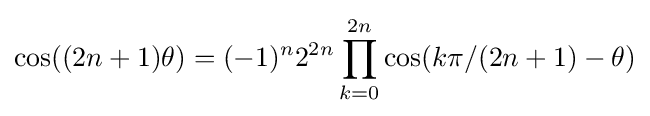
\cos((2n+1)\theta )=(-1)^{n}2^{2n}\prod _{k=0}^{2n}\cos(k\pi /(2n+1)-\theta )